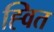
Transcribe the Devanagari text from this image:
ह्वित